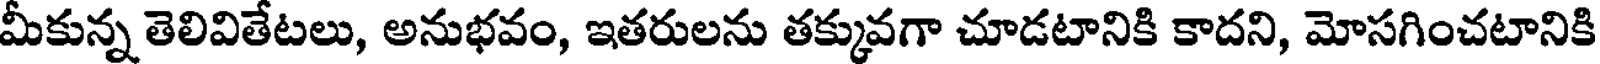
మీకున్న తెలివితేటలు, అనుభవం, ఇతరులను తక్కువగా చూడటానికి కాదని, మోసగించటానికి